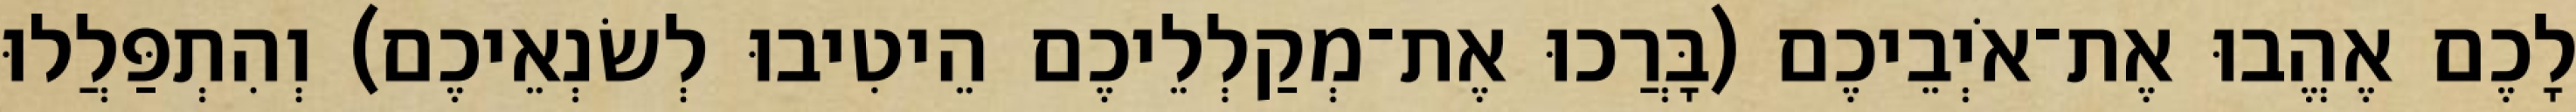
לָכֶם אֶהֱבוּ אֶת־אֹיְבֵיכֶם (בָּרֲכוּ אֶת־מְקַלְלֵיכֶם הֵיטִיבוּ לְשׂנְאֵיכֶם) וְהִתְפַּלֲלוּ